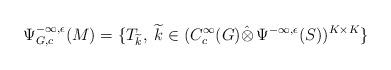
LaTeX: \begin{align*}\Psi^{-\infty,\epsilon}_{G,c}(M)=\{T_{\widetilde{k}},\; \widetilde{k}\in(C^\infty_c (G)\hat{\otimes}\, \Psi^{-\infty,\epsilon}(S))^{K\times K}\}\end{align*}